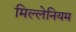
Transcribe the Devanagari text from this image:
मिल्लेनियम